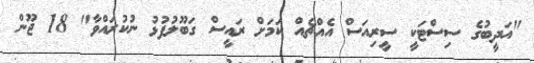
"އަދީބުގެ ސިސްޓަކީ ސީރިއަސް އެއްޗެއް ކަމަށް ރައީސް ގަބޫލުފުޅު ނުކުރައްވާ" 18 ޖޫން